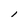
Character: l